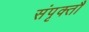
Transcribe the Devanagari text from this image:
संपृक्तौ